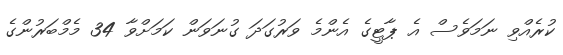
ކުރެއްވި ނަމަވެސް އެ ޕާޓީގެ އެންމެ ވަރުގަދަ ގުނަވަން ކަމަށްވާ 34 މެމްބަރުންގެ